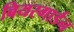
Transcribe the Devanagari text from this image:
बियरगार्डन